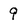
Character: 9